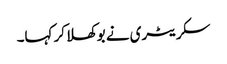
سکریٹری نے بوکھلا کر کہا۔